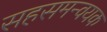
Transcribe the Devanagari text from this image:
सहसमन्वयक